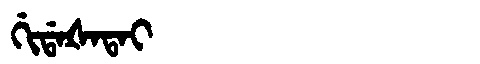
Manchu: ᡤᡳᡩᠠᡧᠠᡨᠠᡳ
Romanization: GIDAŠATAI